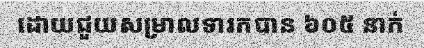
ដោយជួយសម្រាលទារកបាន ៦០៥ នាក់